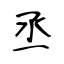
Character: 丞